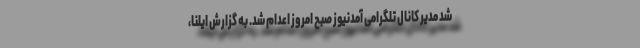
شد مدیر کانال تلگرامی آمدنیوز صبح امروز اعدام شد. به گزارش ایلنا،